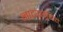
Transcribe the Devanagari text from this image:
नाटय़गृहात